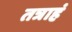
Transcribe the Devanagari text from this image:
तत्राहं